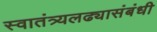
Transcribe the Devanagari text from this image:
स्वातंत्र्यलढ्यासंबंधी